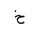
Letter: _kha